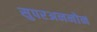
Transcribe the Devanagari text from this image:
सुपरअननोन